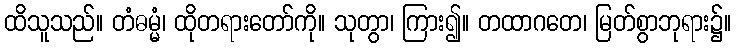
ထိသူသည်။ တံဓမ္မံ၊ ထိုတရားတော်ကို။ သုတွာ၊ ကြား၍။ တထာဂတေ၊ မြတ်စွာဘုရား၌။